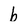
Character: b